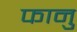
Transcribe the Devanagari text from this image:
फानु